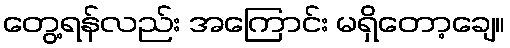
တွေ့ရန်လည်း အကြောင်း မရှိတော့ချေ။